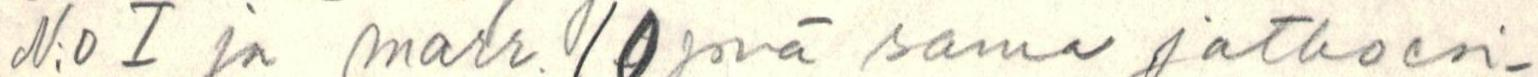
N:o I ja marr. 10 pnä sama jatkoesi-